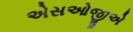
એસઓજીએ